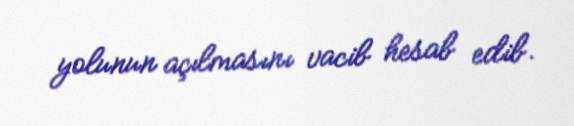
yolunun açılmasını vacib hesab edib.